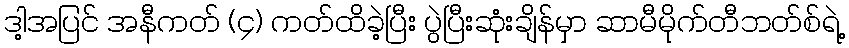
ဒါ့အပြင် အနီကတ် (၄) ကတ်ထိခဲ့ပြီး ပွဲပြီးဆုံးချိန်မှာ ဆာမီမိုက်တီဘတ်စ်ရဲ့